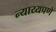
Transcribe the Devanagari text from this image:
न्याय्यपणे